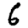
Digit: 6